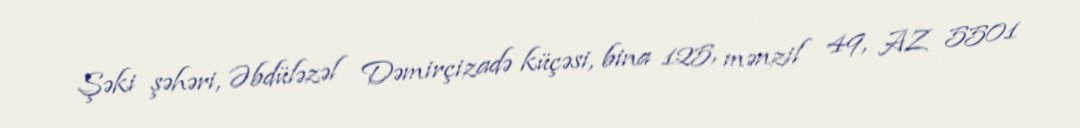
Şəki şəhəri, Əbdüləzəl Dəmirçizadə küçəsi, bina 125, mənzil 49, AZ 5501